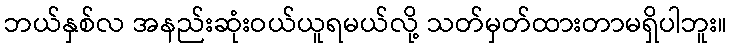
ဘယ်နှစ်လ အနည်းဆုံးဝယ်ယူရမယ်လို့ သတ်မှတ်ထားတာမရှိပါဘူး။